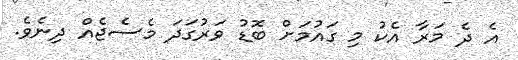
އެ ދެ މަރާ އެކު މި ގައުމަށް ބޮޑު ވަރުގަދަ މެސެޖެއް ދިނެވެ.